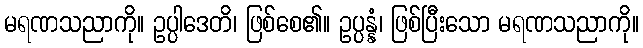
မရဏသညာကို။ ဥပ္ပါဒေတိ၊ ဖြစ်စေ၏။ ဥပ္ပန္နံ၊ ဖြစ်ပြီးသော မရဏသညာကို။